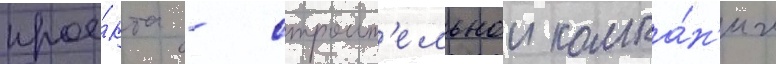
прое́кта - строит'ельнои компа́н'ии